65_HS1-834228961_62-HQ-83894_Section_4
Agency: FBI
Page 162
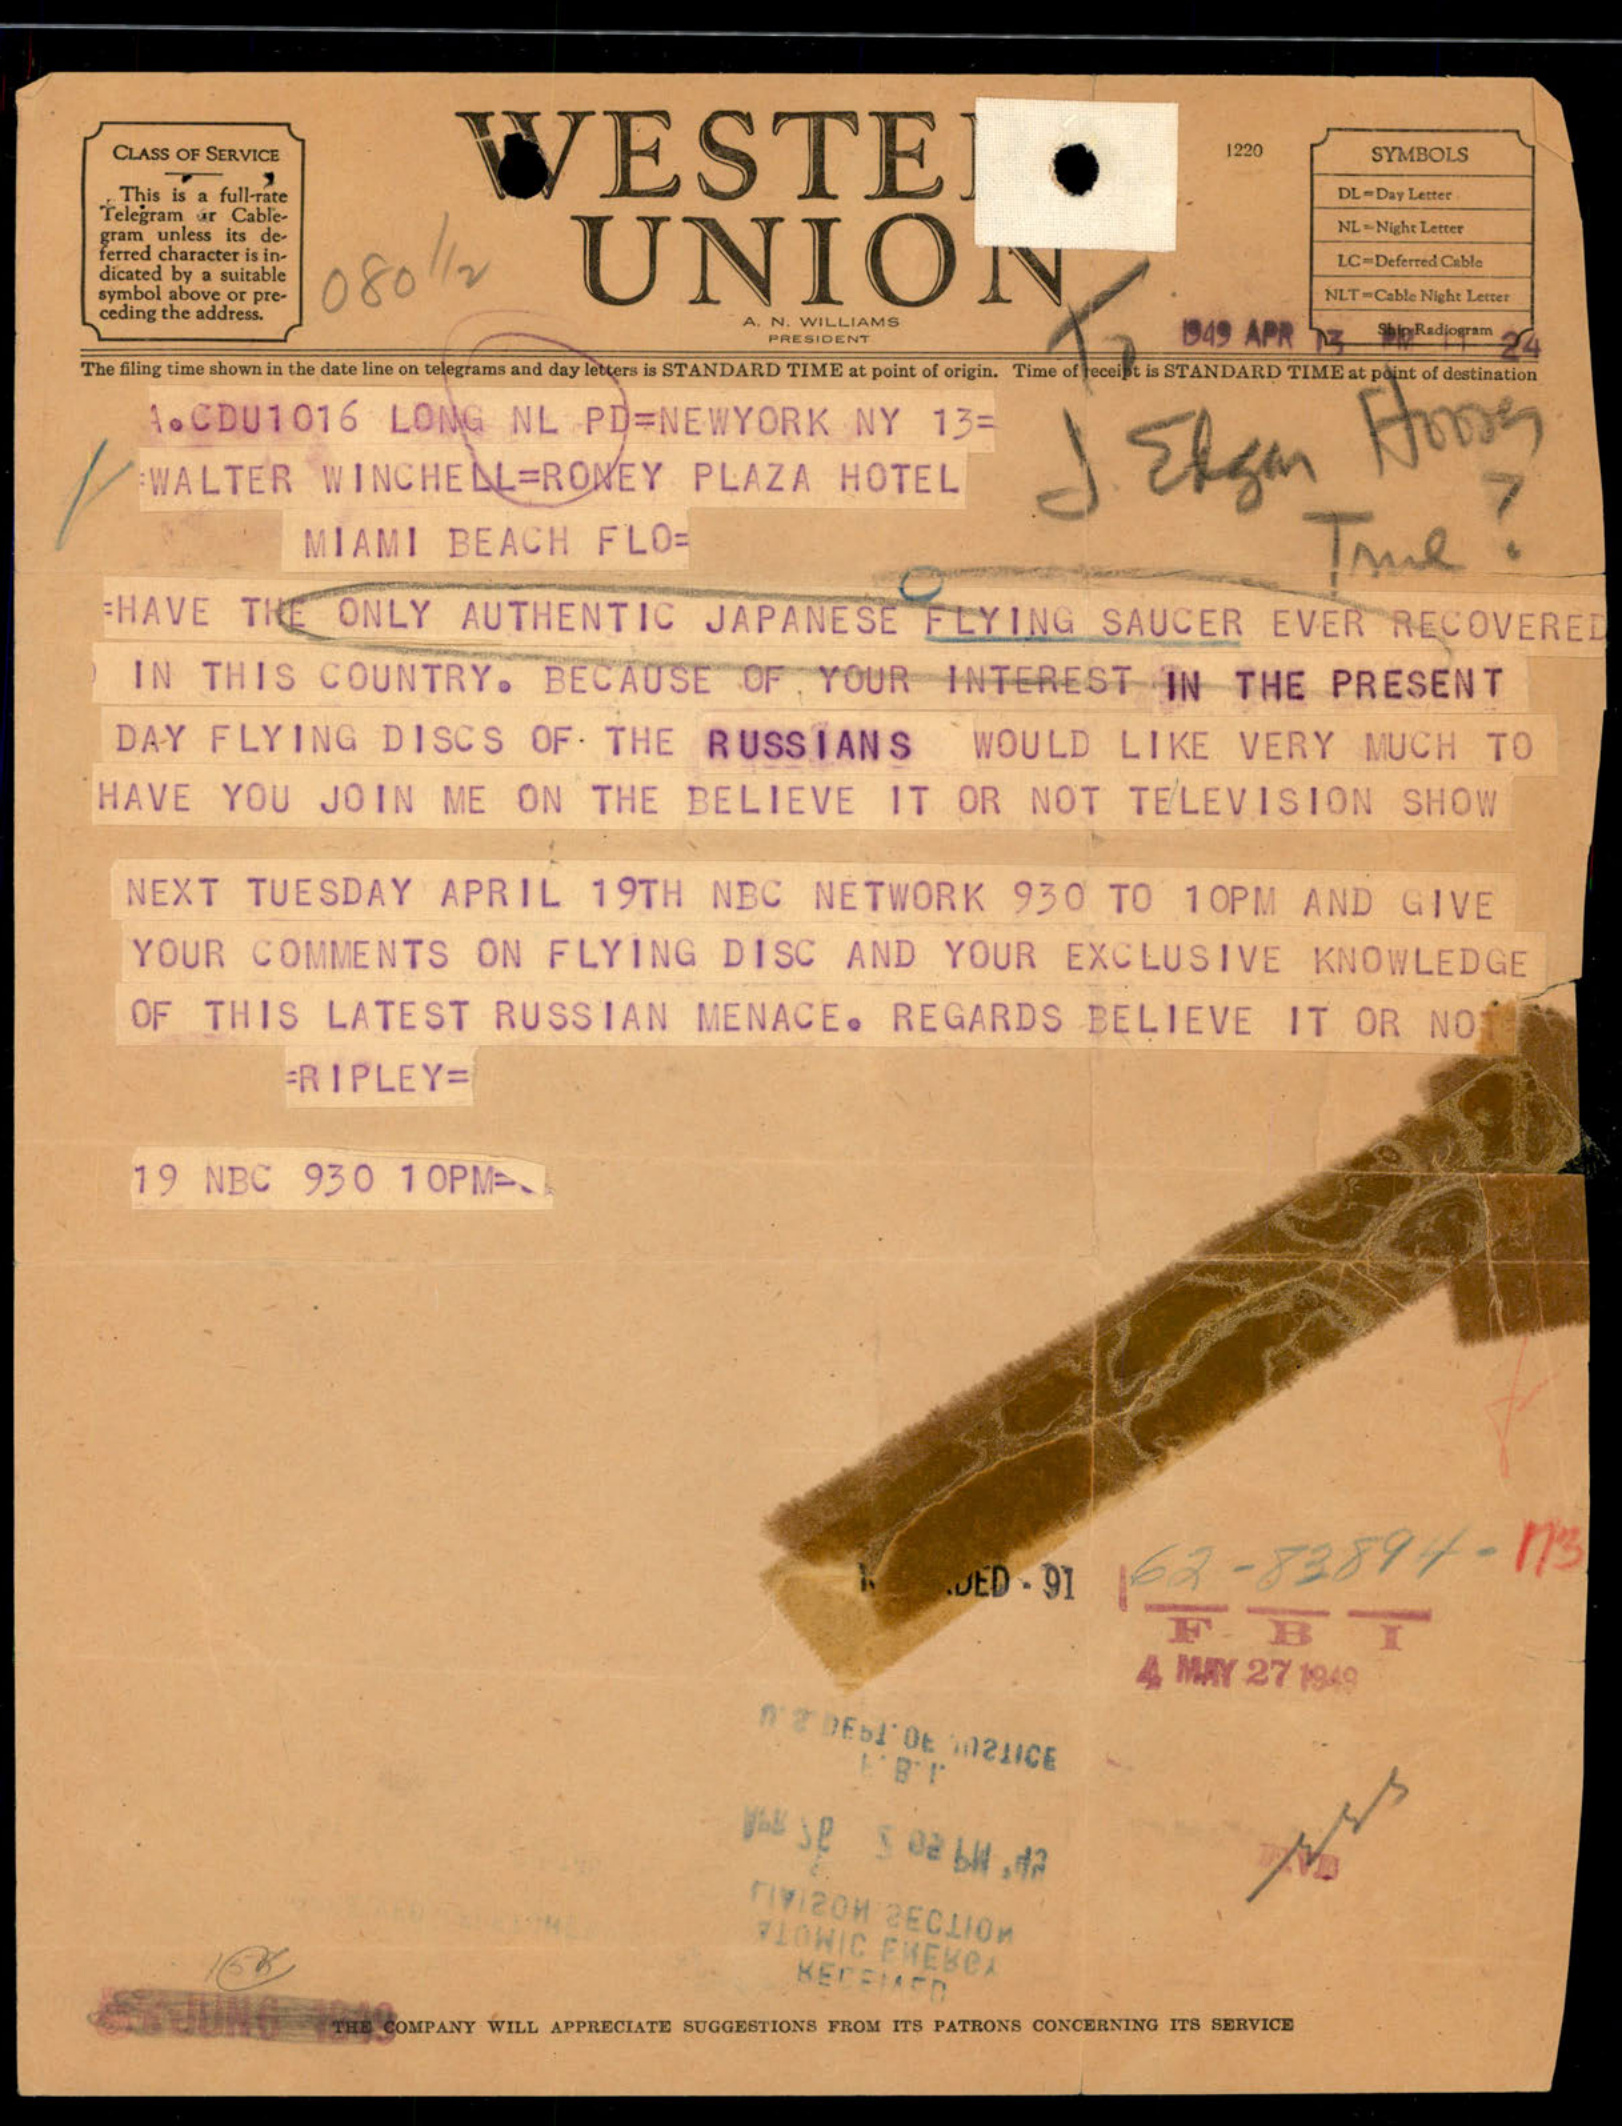